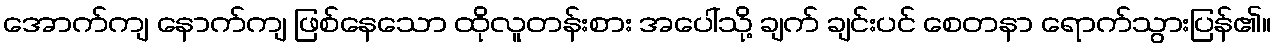
အောက်ကျ နောက်ကျ ဖြစ်နေသော ထိုလူတန်းစား အပေါ်သို့ ချက် ချင်းပင် စေတနာ ရောက်သွားပြန်၏။